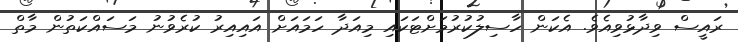
ރައީސް ވިދާޅުވިއެވެ. އެކަން ހާސިލުކުރުމަށްޓަކައި މިއަދާ ހަމައަށް އައިއިރު ކުރެވުނު މަސައްކަތުން މާތް